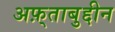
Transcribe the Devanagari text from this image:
अफ़्ताबुद्दीन